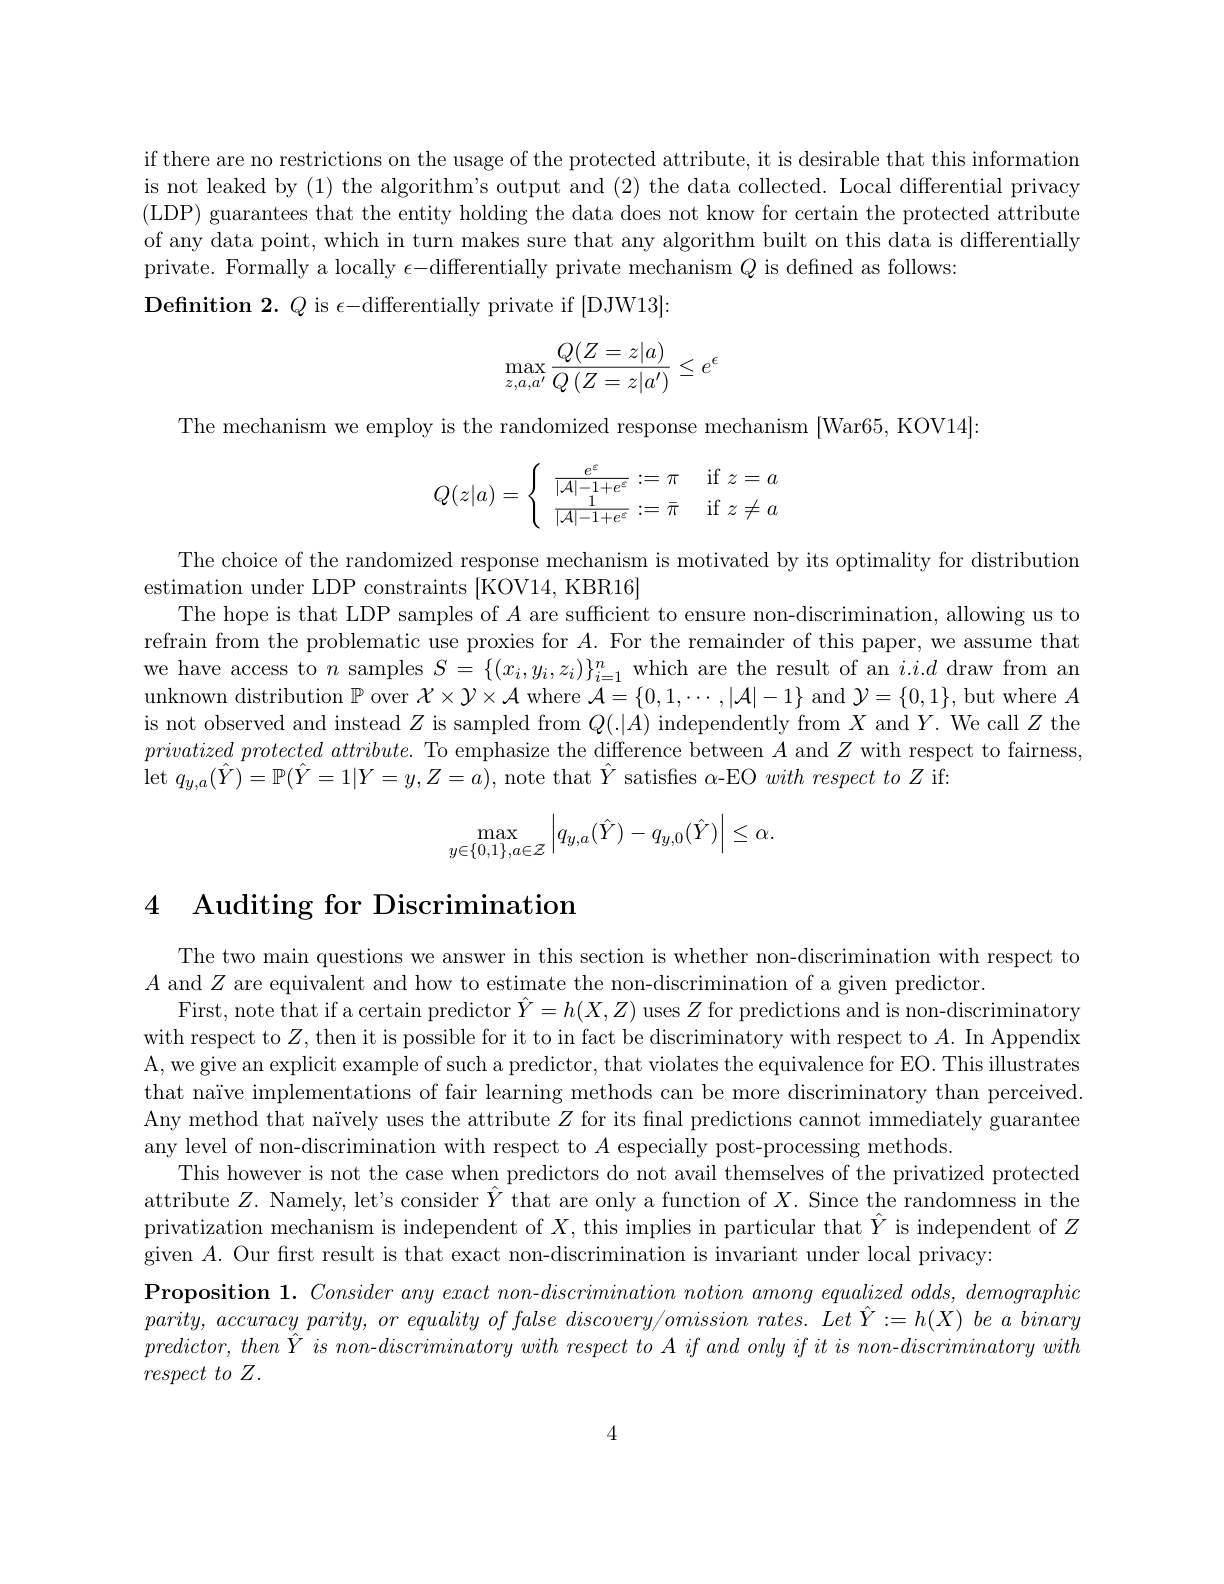
if there are no restrictions on the usage of the protected attribute, it is desirable that this information is not leaked by (1) the algorithm's output and (2) the data collected. Local differential privacy (LDP) guarantees that the entity holding the data does not know for certain the protected attribute of any data point, which in turn makes sure that any algorithm built on this data is differentially private. Formally a locally $\epsilon$- differentially private mechanism $Q$ is defined as follows:
Definition $2.Q$ is $\epsilon-$differentially private if [DJW13]:
$$\begin{aligned}\max_{z,a,a'}\frac{Q(Z=z|a)}{Q\left(Z=z|a'\right)}\leq e^{\epsilon}\end{aligned}$$
The mechanism we employ is the randomized response mechanism [War65,KOV14]:
$$Q(z|a)=\left\{\begin{array}{ll}\frac{e^{\varepsilon}}{|\mathcal{A}|-1+e^{\varepsilon}}:=\pi&\text{if}z=a\\\frac{1}{|\mathcal{A}|-1+e^{\varepsilon}}:=\bar{\pi}&\text{if}z\neq a\end{array}\right.$$
The choice of the randomized response mechanism is motivated by its optimality for distribution
estimation under LDP constraints [KOV14, KBR16]
The hope is that LDP samples of $A$ are sufficient to ensure non-discrimination, allowing us to refrain from the problematic use proxies for $A.$ For the remainder of this paper, we assume that we have access to $n$ samples $S=\{(x_i,y_i,z_i)\}_i=1^n$ which are the result of an $i.i.d$ draw from an unknown distribution $\mathbb{P}$ over $\mathcal{X}\times\mathcal{Y}\times\mathcal{A}$ where $\mathcal{A}=\{0,1,\cdots,|\mathcal{A}|-1\}$ and $\mathcal{Y}=\{0,1\}$, but where $A$ is not observed and instead $Z$ is sampled from $Q(.|A)$ independently from $X$ and $Y.$ We call $Z$ the privatized $protected\textit{attribute. To emphasize the difference between }A$ and $Z$ with respect to fairness, $\operatorname*{let}q_{y,a}(\hat{Y})=\mathbb{P}(\hat{Y}=1|Y=y,Z=\dot{a})$, note that $\hat{Y}$ satisfies $\alpha$-EO with respect to $Z$ if:
$$\max_{y\in\{0,1\},a\in\mathcal{Z}}\left|q_{y,a}(\hat{Y})-q_{y,0}(\hat{Y})\right|\leq\alpha.$$
### 4 Auditing for Discrimination

The two main questions we answer in this section is whether non-discrimination with respect to
$A$ and $Z$ are equivalent and how to estimate the non-discrimination of a given predictor.
First, note that if a certain predictor $\hat{Y}=h(X,Z)$ uses $Z$ for predictions and is non-discriminatory with respect to $Z$, then it is possible for it to in fact be discriminatory with respect to $A.$ In Appendix A, we give an explicit example of such a predictor, that violates the equivalence for EO. This illustrates that naïve implementations of fair learning methods can be more discriminatory than perceived. Any method that naïvely uses the attribute $Z$ for its fnal predictions cannot immediately guarantee any level of non-discrimination with respect to $A$ especially post-processing methods.
This however is not the case when predictors do not avail themselves of the privatized protected attribute $Z.$ Namely, let's consider $\hat{Y}$ that are only a function of $X.$ Since the randomness in the privatization mechanism is independent of $X$, this implies in particular that $Y$ is independent of $Z$ given $A.$ Our first result is that exact non-discrimination is invariant under local privacy:
$\textbf{Proposition 1. Consider any exact non- }discrimination$ notion among equalized odds, demographic $parity, accuracyparity, or\textit{ equality of false discovery/ omission rates. Let }\hat{Y} : = h( X)$ be $a$ binary $predictor$, $then\hat{Y}$ $is$ $non- discriminatory$ with respect $to$ $A$ $if$ and only $if$ $it$ $is$ $non- discriminatory$ with $respect\textit{ to Z}.$

4